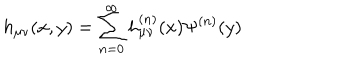
h _ { \mu \nu } ( x , y ) = \sum _ { n = 0 } ^ { \infty } h _ { \mu \nu } ^ { ( n ) } ( x ) \Psi ^ { ( n ) } ( y )